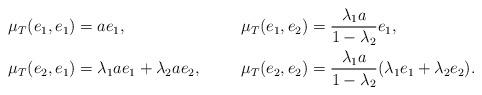
LaTeX: \begin{align*}& \mu_T(e_1,e_1)=ae_1,\ && \mu_T(e_1,e_2)= \frac{ \lambda_1a}{1-\lambda_2} e_1,\\&\mu_T(e_2,e_1)=\lambda_1 a e_1+ \lambda_2 a e_2,\ &&\mu_T(e_2,e_2)=\frac{\lambda_1a}{1-\lambda_2} (\lambda_1e_1+ \lambda_2 e_2). \end{align*}